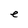
Character: e